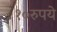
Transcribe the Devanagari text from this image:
१०रुपये